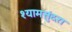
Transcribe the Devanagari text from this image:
श्यामसुंदरा